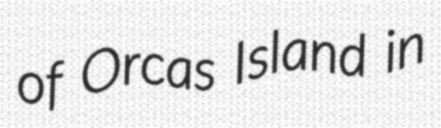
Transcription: of Orcas Island in